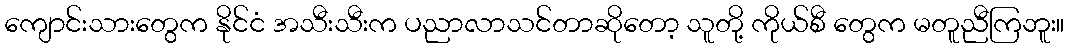
ကျောင်းသားတွေက နိုင်ငံ အသီးသီးက ပညာလာသင်တာဆိုတော့ သူတို့ ကိုယ်စီ တွေက မတူညီကြဘူး။